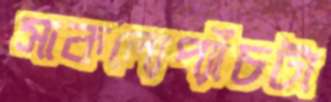
সাকল্যেপ্যাঁচটা